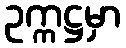
ဥက္ကဋ္ဌမှာ